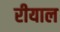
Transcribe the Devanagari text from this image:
रीयाल